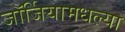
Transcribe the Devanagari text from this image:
जॉर्जियामधल्या